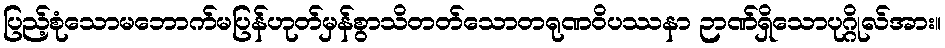
ပြည့်စုံသောမဘောက်မပြန်ဟုတ်မှန်စွာသိတတ်သောတရုဏဝိပဿနာ ဉာဏ်ရှိသောပုဂ္ဂိုလ်အား။